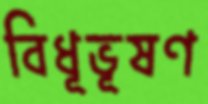
বিধূভূষণ